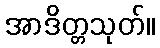
အာဒိတ္တသုတ်။